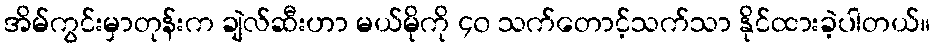
အိမ်ကွင်းမှာတုန်းက ချဲလ်ဆီးဟာ မယ်မိုကို ၄၀ သက်တောင့်သက်သာ နိုင်ထားခဲ့ပါတယ်။